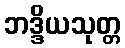
ဘဒ္ဒိယသုတ္တ